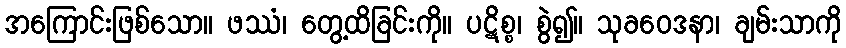
အကြောင်းဖြစ်သော။ ဖဿံ၊ တွေ့ထိခြင်းကို။ ပဋိစ္စ၊ စွဲ၍။ သုခဝေဒနာ၊ ချမ်းသာကို